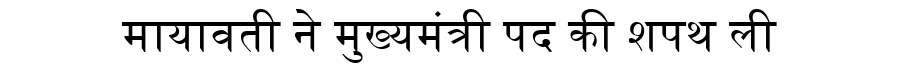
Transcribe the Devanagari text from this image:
मायावती ने मुख्यमंत्री पद की शपथ ली